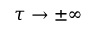
\tau \to \pm \infty